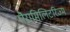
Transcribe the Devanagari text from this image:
पैरामिलिटरिज्म